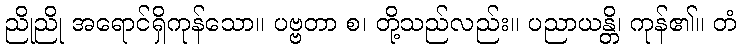
ညိုညို အရောင်ရှိကုန်သော။ ပဗ္ဗတာ စ၊ တို့သည်လည်း။ ပညာယန္တိ၊ ကုန်၏။ တံ